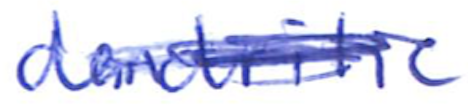
Text: dendritic
Cross-out: scratch
Writing tool: ballpoint